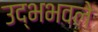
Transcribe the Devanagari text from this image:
उद्भभवले